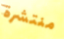
منتشرة